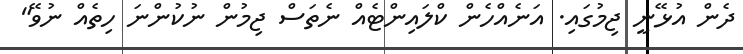
ދެން އުޅޭނީ ޖިމުގައި. އަނެއްހެން ކްލައިންޓެއް ނެތަސް ޖިމުން ނުކުންނަ ހިތެއް ނުވޭ"